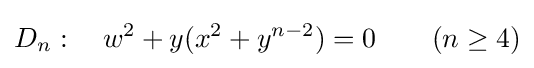
D_{n}:\quad w^{2}+y(x^{2}+y^{n-2})=0\qquad (n\geq 4)